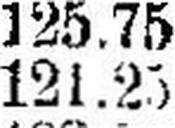
121.25